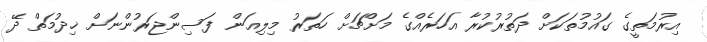
އިރުމަތީގެ ގައުމުތަކަށް ދަތުރުކުރާ އަހަރެއްގެ މަށްޗަށް ހަތަރު މިލިއަން ފަސިންޖަރުންނަށް ޚިދުމަތް ދޭ